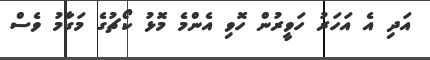
އަދި އެ އަހަރު ހަވީރުން ހޮވި އެންމެ މޮޅު ކޯޗުގެ މަގާމު ވެސް